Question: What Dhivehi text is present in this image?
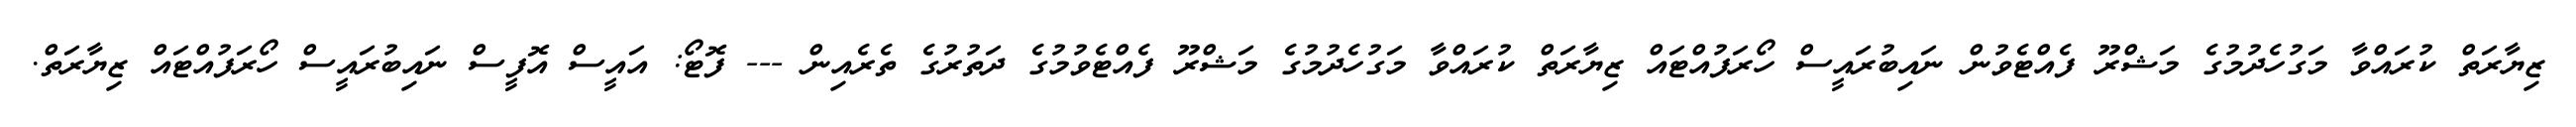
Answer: ޒިޔާރަތް ކުރައްވާ މަގުހެދުމުގެ މަޝްރޫ ފެއްޓެވުން ނައިބުރައީސް ހޯރަފުއްޓައް ޒިޔާރަތް ކުރައްވާ މަގުހެދުމުގެ މަޝްރޫ ފެއްޓެވުމުގެ ދަތުރުގެ ތެރެއިން --- ފޮޓޯ: އައީސް އޮފީސް ނައިބުރައީސް ހޯރަފުއްޓައް ޒިޔާރަތް.